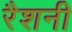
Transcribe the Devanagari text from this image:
रैशनी